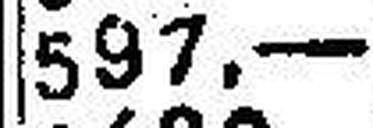
597.—